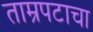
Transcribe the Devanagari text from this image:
ताम्रपटाचा